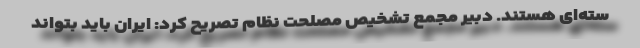
سته‌ای هستند. دبیر مجمع تشخیص مصلحت نظام تصریح کرد: ایران باید بتواند